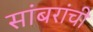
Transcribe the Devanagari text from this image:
सांबरांची